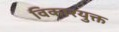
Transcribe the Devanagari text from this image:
विकारयुक्त